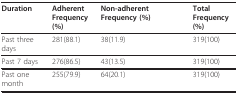
<table><thead><tr><td><b>Duration</b></td><td><b>AdherentFrequency (%)</b></td><td><b>Non-adherent Frequency (%)</b></td><td><b>TotalFrequency (%)</b></td></tr></thead><tbody><tr><td>Past three days</td><td>281(88.1)</td><td>38(11.9)</td><td>319(100)</td></tr><tr><td>Past 7 days</td><td>276(86.5)</td><td>43(13.5)</td><td>319(100)</td></tr><tr><td>Past one month</td><td>255(79.9)</td><td>64(20.1)</td><td>319(100)</td></tr></tbody></table>